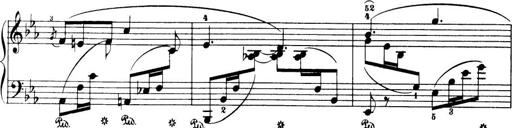
Title: 32 Sonatinas and Rondos for the Piano
Composer: Richard Kleinmichel